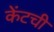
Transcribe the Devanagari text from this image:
केंटची